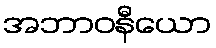
အဘာဝနီယော